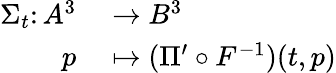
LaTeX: \begin{array}{rl}{\Sigma_{t}\colon A^{3}}&{{}\to B^{3}}\\ {p}&{{}\mapsto(\Pi^{\prime}\circ F^{-1})(t,p)}\end{array}